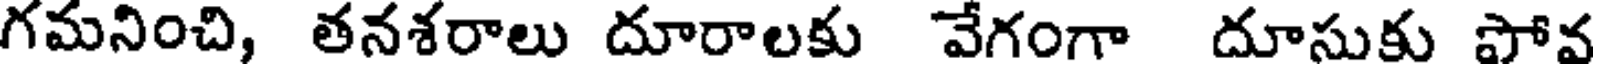
గమనించి, తనశరాలు దూరాలకు వేగంగా దూసుకు పోవ